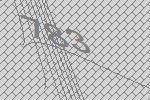
783